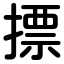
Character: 摽